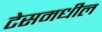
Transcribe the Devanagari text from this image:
टेसमधील